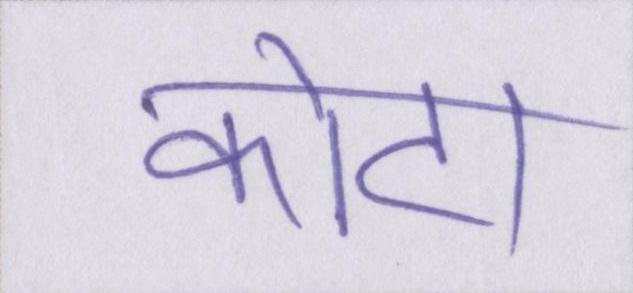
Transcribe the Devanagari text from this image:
कोटा